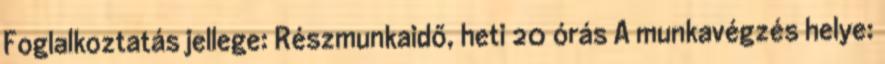
Foglalkoztatás jellege: Részmunkaidő, heti 20 órás A munkavégzés helye: